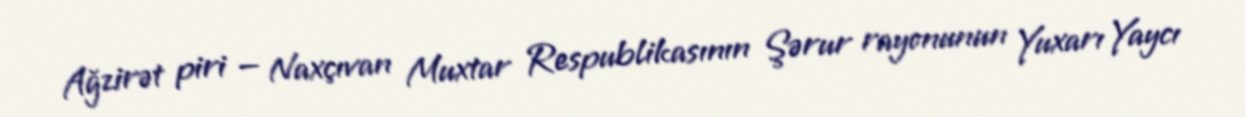
Ağzirət piri — Naxçıvan Muxtar Respublikasının Şərur rayonunun Yuxarı Yaycı